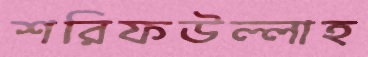
শরিফউল্লাহ